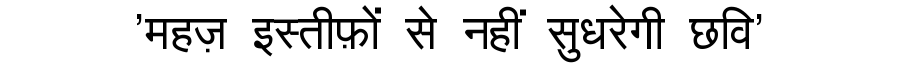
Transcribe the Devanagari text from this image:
'महज़ इस्तीफ़ों से नहीं सुधरेगी छवि'